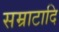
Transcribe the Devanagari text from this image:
सम्राटादि